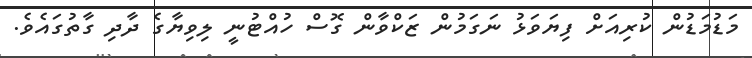
މަޑުމަޑުން ކުރިއަށް ފިޔަވަޅު ނަގަމުން ޒަކްވާން ގޮސް ހުއްޓުނީ ލިވިޔާގެ ދާދި ގާތުގައެވެ.